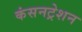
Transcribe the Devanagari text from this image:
कंसनट्रेशन